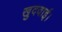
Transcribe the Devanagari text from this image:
खुदवाई।